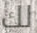
لك